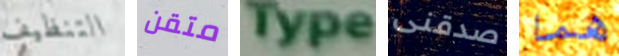
التنظيف متقن Type صدقنى هما